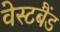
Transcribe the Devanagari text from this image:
वेस्टबैंड